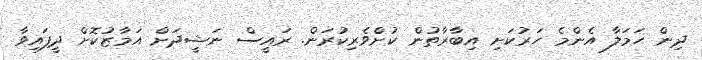
ދިން ޙަމަލާ އެންމެ ހަރުކަށި އިބާރާތުން ކުށްވެރިކުރަން. ރައީސް ނަޝީދަށް އަމާޒުކޮށް ދީފައިވާ